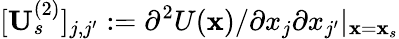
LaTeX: [\mathbf{U}_{s}^{(2)}]_{j,j^{\prime}}:=\partial^{2}U(\mathbf{x})/\partial x_{j}\partial x_{j^{\prime}}|_{\mathbf{x}=\mathbf{x}_{s}}